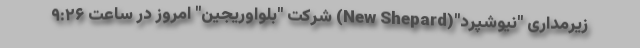
زیرمداری "نیوشپرد"(New Shepard) شرکت "بلواوریجین" امروز در ساعت ۹:۲۶